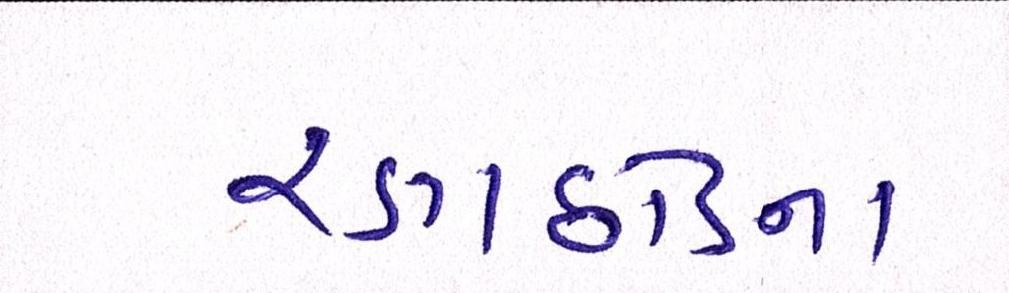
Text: રણછોડના